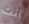
انت